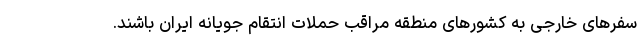
سفرهای خارجی به کشورهای منطقه مراقب حملات انتقام جویانه ایران باشند.